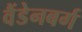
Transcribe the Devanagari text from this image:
वैंडेनबर्ग